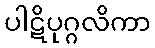
ပါဋိပုဂ္ဂလိကာ